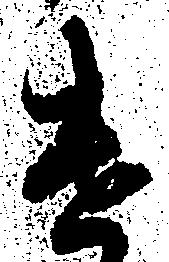
遣